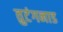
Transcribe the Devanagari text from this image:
तुटंगनाड